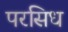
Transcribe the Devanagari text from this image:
परसिध